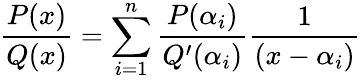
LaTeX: {\frac{P(x)}{Q(x)}}=\sum_{i=1}^{n}{\frac{P(\alpha_{i})}{Q^{\prime}(\alpha_{i})}}{\frac{1}{(x-\alpha_{i})}}